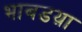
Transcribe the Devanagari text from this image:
भाबडय़ा